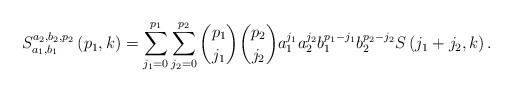
LaTeX: \begin{align*}S_{a_{1},b_{1}}^{a_{2},b_{2},p_{2}}\left( p_{1},k\right)=\sum_{j_{1}=0}^{p_{1}}\sum_{j_{2}=0}^{p_{2}}\binom{p_{1}}{j_{1}}\binom{p_{2}}{j_{2}}a_{1}^{j_{1}}a_{2}^{j_{2}}b_{1}^{p_{1}-j_{1}}b_{2}^{p_{2}-j_{2}}S\left( j_{1}+j_{2},k\right) . \end{align*}